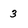
Character: 3